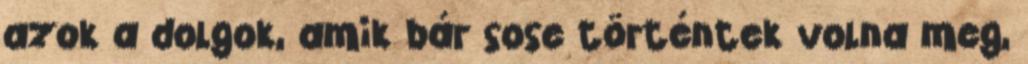
azok a dolgok, amik bár sose történtek volna meg,